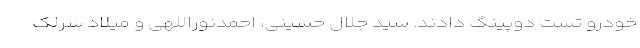
خودرو تست دوپینگ دادند. سید جلال حسینی، احمدنوراللهی و میلاد سرلک